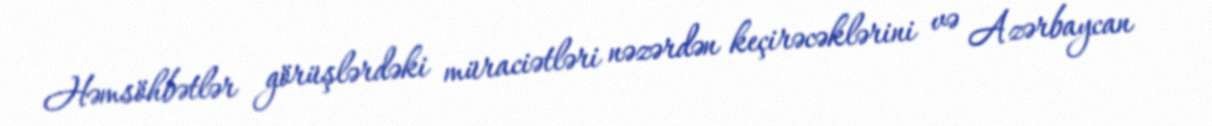
Həmsöhbətlər görüşlərdəki müraciətləri nəzərdən keçirəcəklərini və Azərbaycan